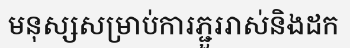
មនុស្សសម្រាប់ការភ្ជួររាស់និងដក